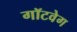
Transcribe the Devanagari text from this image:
गॉटवेग